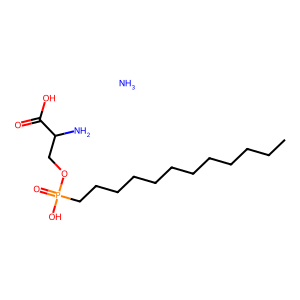
SMILES: CCCCCCCCCCCCP(=O)(O)OCC(N)C(=O)O.N
Inhibits HIV replication: No